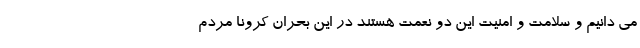
می دانیم و سلامت و امنیت این دو نعمت هستند در این بحران کرونا مردم